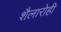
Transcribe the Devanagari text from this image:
शैलारोही